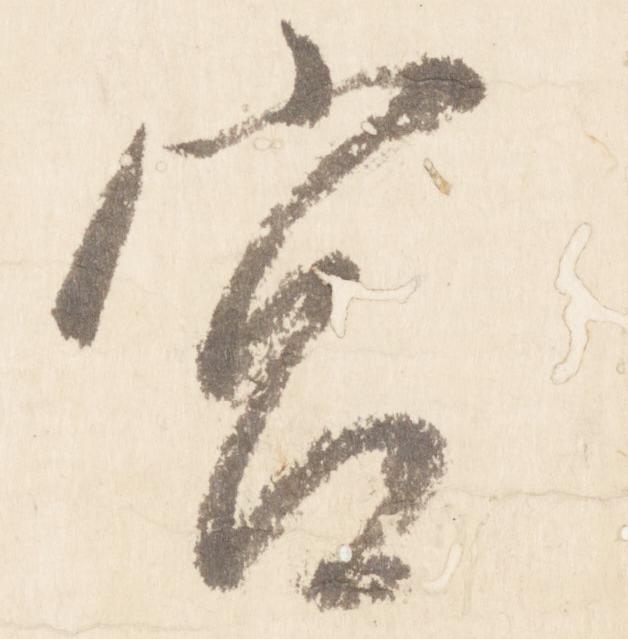
宮